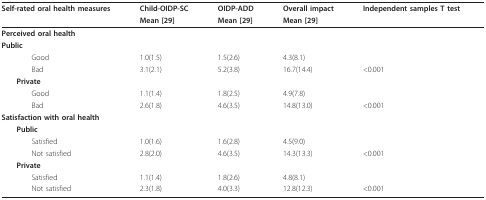
<table><thead><tr><td><b>Self-rated oral health measures</b></td><td><b>Child-OIDP-SC</b></td><td><b>OIDP-ADD</b></td><td><b>Overall impact</b></td><td><b>Independent samples T test</b></td></tr><tr><td></td><td><b>Mean [29]</b></td><td><b>Mean [29]</b></td><td><b>Mean [29]</b></td><td></td></tr></thead><tbody><tr><td><b>Perceived oral health</b></td><td></td><td></td><td></td><td></td></tr><tr><td> <b>Public</b></td><td></td><td></td><td></td><td></td></tr><tr><td>Good</td><td>1.0(1.5)</td><td>1.5(2.6)</td><td>4.3(8.1)</td><td></td></tr><tr><td>Bad</td><td>3.1(2.1)</td><td>5.2(3.8)</td><td>16.7(14.4)</td><td>&lt; 0.001</td></tr><tr><td> <b>Private</b></td><td></td><td></td><td></td><td></td></tr><tr><td>Good</td><td>1.1(1.4)</td><td>1.8(2.5)</td><td>4.9(7.8)</td><td></td></tr><tr><td>Bad</td><td>2.6(1.8)</td><td>4.6(3.5)</td><td>14.8(13.0)</td><td>&lt; 0.001</td></tr><tr><td><b>Satisfaction with oral health</b></td><td></td><td></td><td></td><td></td></tr><tr><td> <b>Public</b></td><td></td><td></td><td></td><td></td></tr><tr><td>Satisfied</td><td>1.0(1.6)</td><td>1.6(2.8)</td><td>4.5(9.0)</td><td></td></tr><tr><td>Not satisfied</td><td>2.8(2.0)</td><td>4.6(3.5)</td><td>14.3(13.3)</td><td>&lt; 0.001</td></tr><tr><td> <b>Private</b></td><td></td><td></td><td></td><td></td></tr><tr><td>Satisfied</td><td>1.1(1.4)</td><td>1.8(2.6)</td><td>4.8(8.1)</td><td></td></tr><tr><td>Not satisfied</td><td>2.3(1.8)</td><td>4.0(3.3)</td><td>12.8(12.3)</td><td>&lt; 0.001</td></tr></tbody></table>